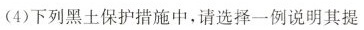
(4)下列黑土保护措施中，请选择一例说明其提